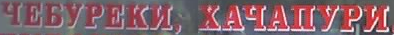
YEEYPEKN, XAYAIIYPN